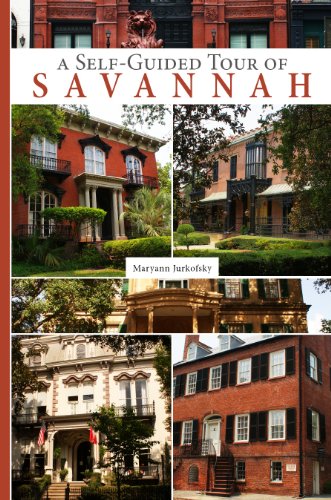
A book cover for A Self-Guided Tour of Savannah; Maryann Jurkofsky; Travel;